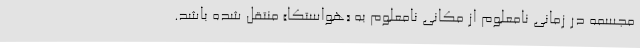
مجسمه در زمانی نامعلوم از مکانی نامعلوم به «هواستکا» منتقل شده باشد.